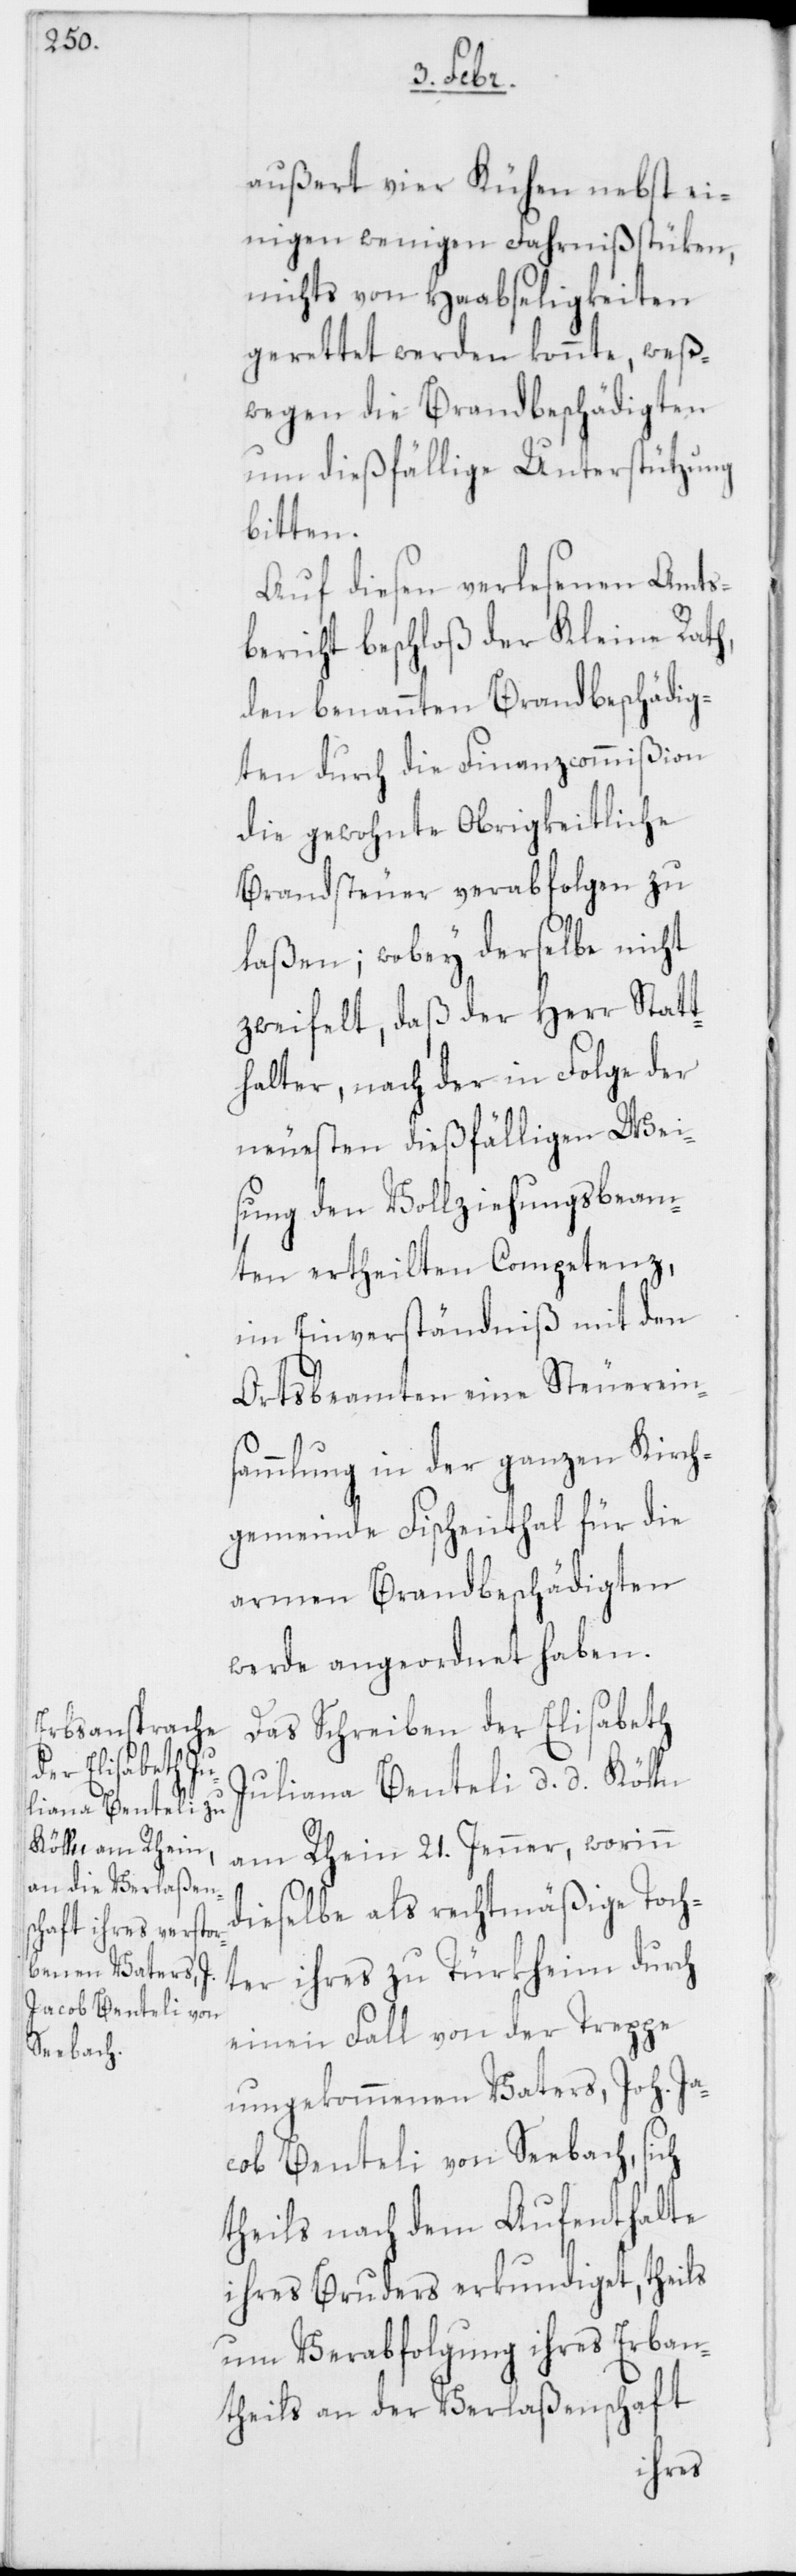
außert vier Kühen nebst ei¬
nigen wenigen Fahrnißtüken,
nichts von Haabseligkeiten
gerettet werden konnte, weß¬
wegen die Brandbeschädigten
um dießfällige Unterstützung
bitten.
Auf diesen verlesenen Amts¬
bericht beschloß der Kleine Rath,
den benannten Brandbeschädig¬
ten durch die Finanzcommißion
die gewohnte Obrigkeitliche
Brandsteuer verabfolgen zu
laßen; wobey derselbe nicht
zweifelt, daß der Herr Statt¬
halter, nach der in Folge der
neuesten dießfälligen Wei¬
sung den Vollziehungsbeam¬
ten ertheilten Competenz,
im Einverständniß mit den
Ortsbeamten eine Steuerein¬
sammlung in der ganzen Kirch¬
gemeinde Fischenthal für die
armen Brandbeschädigten
werde angeordnet haben.
Das Schreiben der Elisabeth
Juliana Benteli d. d. Kölln
am Rhein 21. Jenner, worinn
dieselbe als rechtmäßige Toch¬
ter ihres zu Türkheim durch
einen Fall von der Treppe
umgekommenen Vaters, Joh. Ja¬
cob Benteli von Seebach, sich
theils nach dem Aufenthalte
ihres Bruders erkundiget, theils
um Verabfolgung ihres Erban¬
theils an der Verlaßenschaft